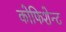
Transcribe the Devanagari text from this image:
कोफिशेन्ट